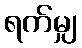
ရက်မျှ